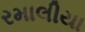
રમાલીયા